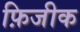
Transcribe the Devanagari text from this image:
फ़िजीक